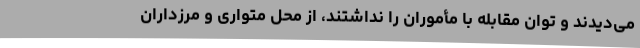
می‌دیدند و توان مقابله با مأموران را نداشتند، از محل متواری و مرزداران